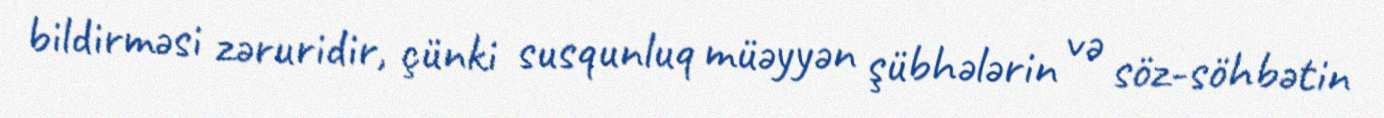
bildirməsi zəruridir, çünki susqunluq müəyyən şübhələrin və söz-söhbətin